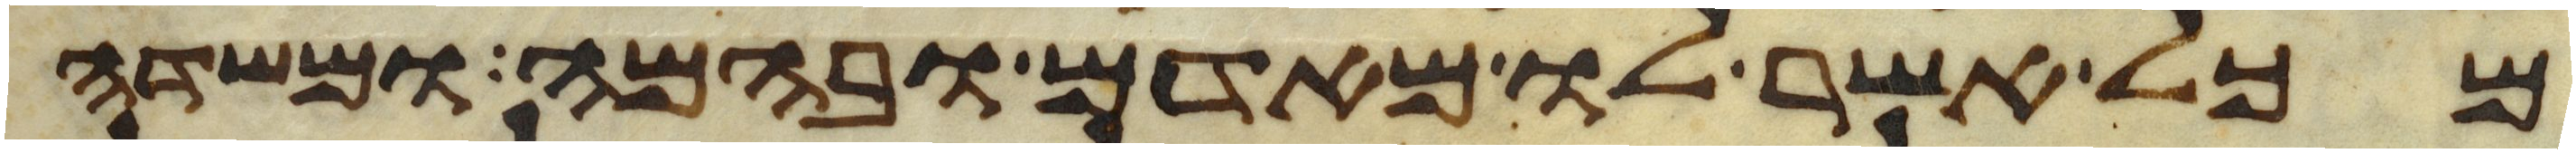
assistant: מכל אשר לו מאדם ובהמה ומשדה